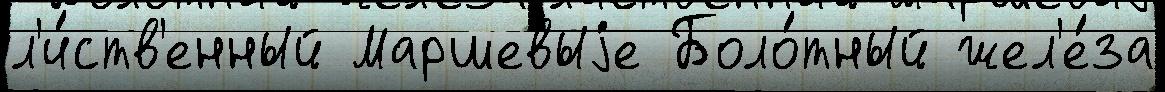
л'и́ств'енный Маршевыjе Боло́тный жел'е́за